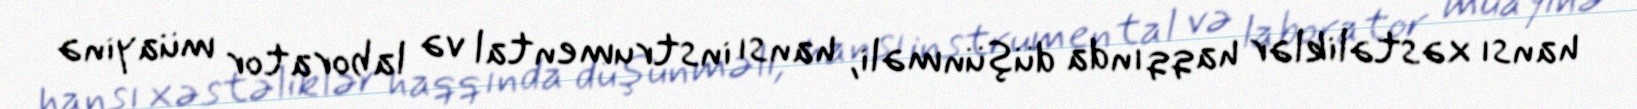
hansı xəstəliklər haqqında düşünməli, hansı instrumental və laborator müayinə